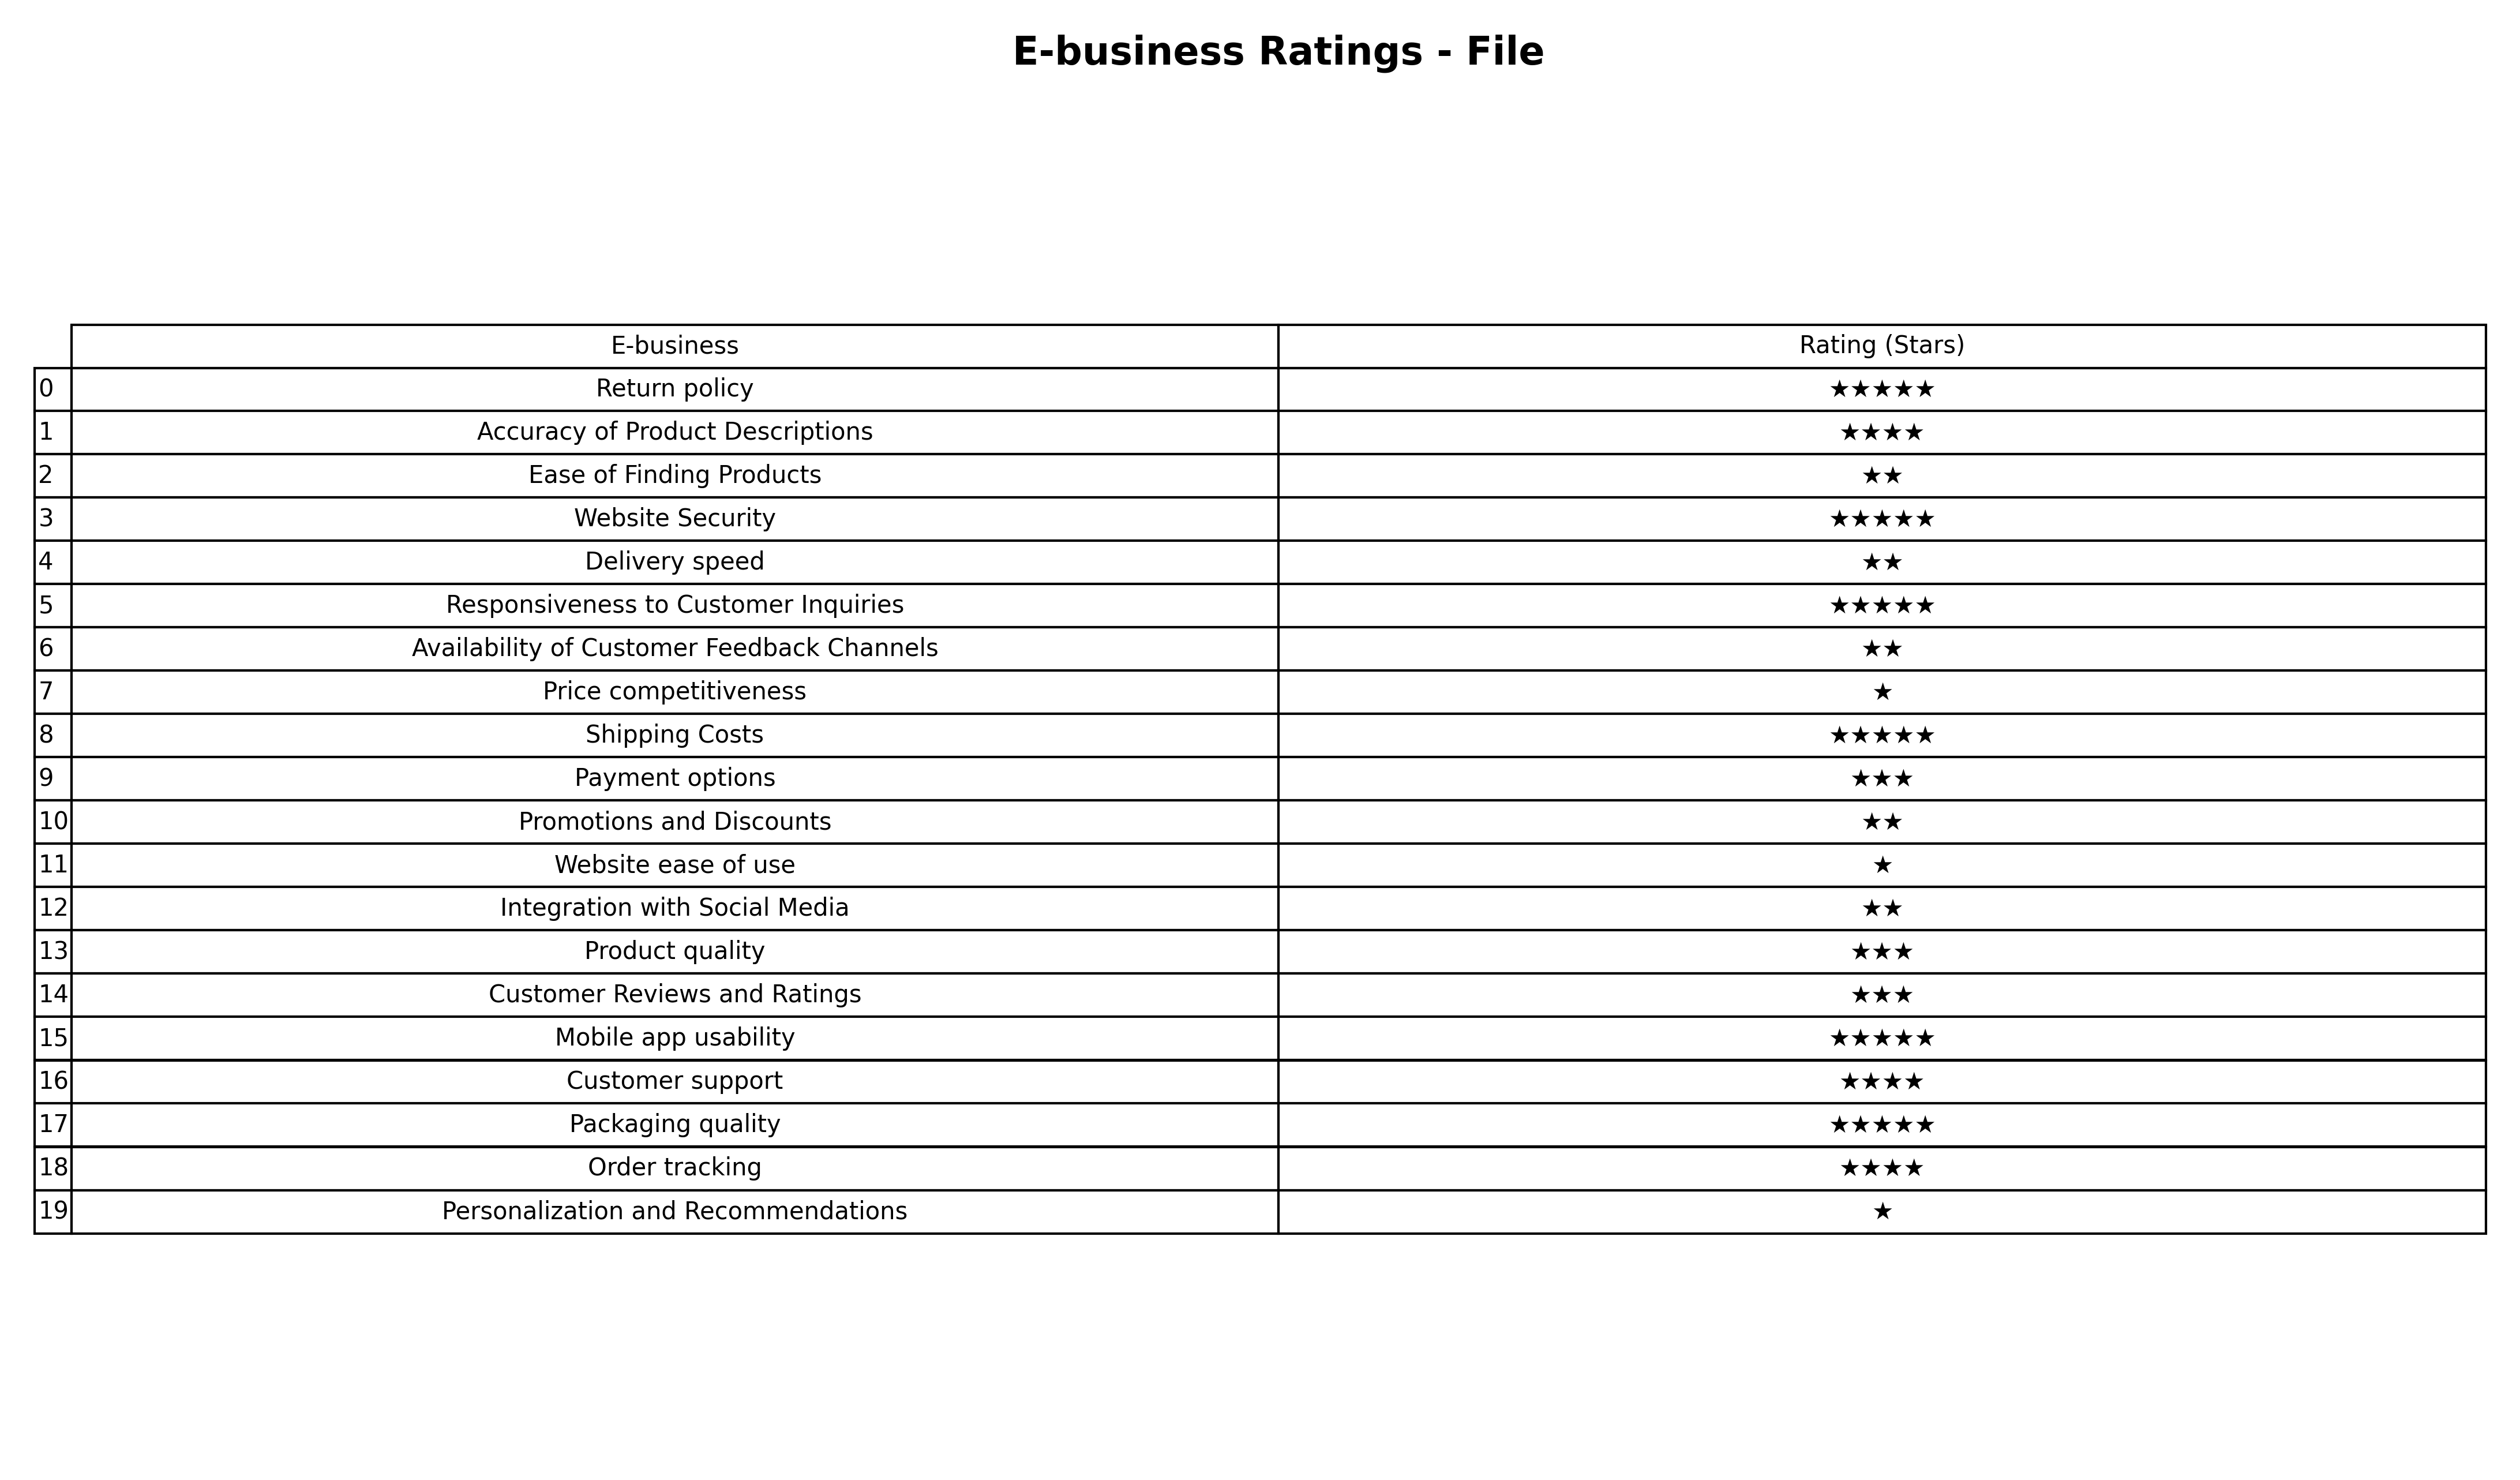
question: What is the rating of Delivery speed?
answer: ★★